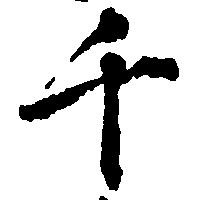
千